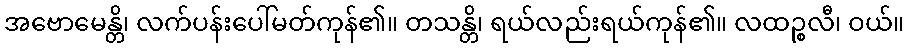
အဗောမေန္တိ၊ လက်ပန်းပေါ်မတ်ကုန်၏။ တသန္တိ၊ ရယ်လည်းရယ်ကုန်၏။ လထဉ္စလီ၊ ဝယ်။